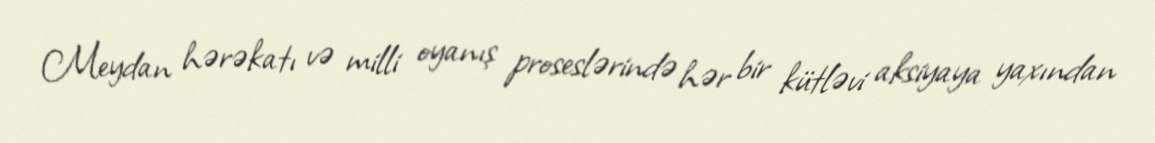
Meydan hərəkatı və milli oyanış proseslərində hər bir kütləvi aksiyaya yaxından